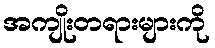
အကျိုးတရားများကို